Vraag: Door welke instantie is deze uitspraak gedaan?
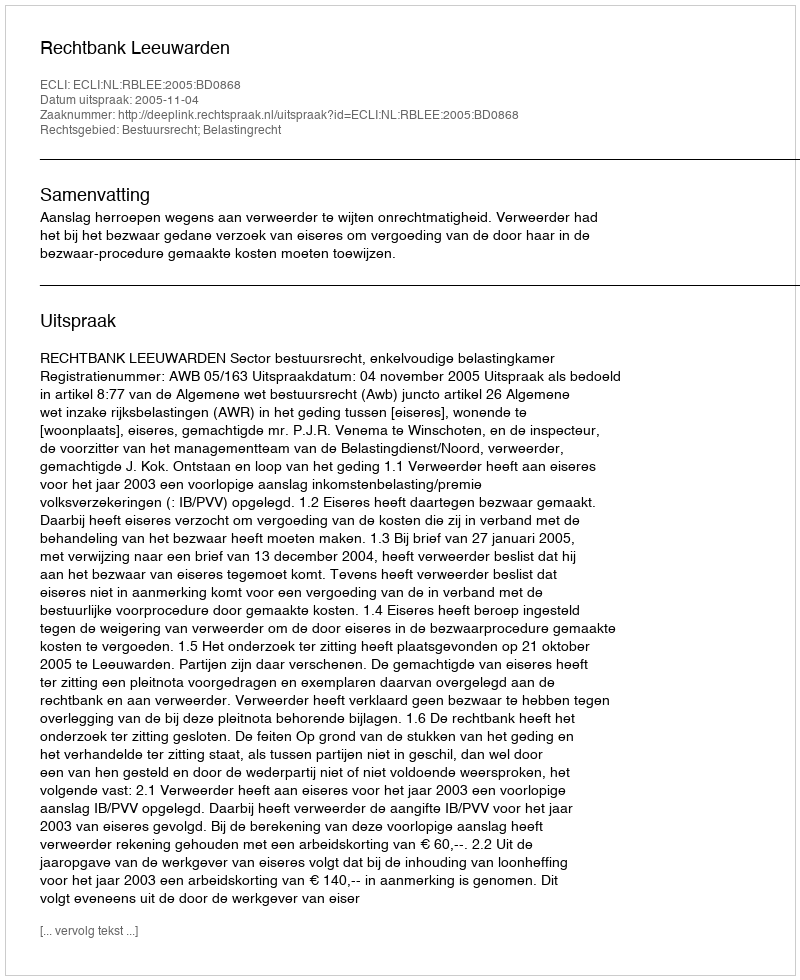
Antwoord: Rechtbank Leeuwarden